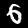
Label: 6